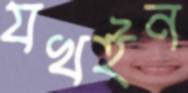
যখইন